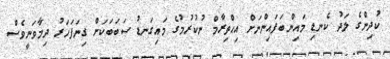
ކުދިންގެ ލަދު ކެނޑި މައިންބަފައިންނަށް އިޙްތިރާމް ނުކުރުމުގެ މައިގަނޑު ސަބަބަކަށް ގިނަފަހަރު ދިމާވަނީވެސް